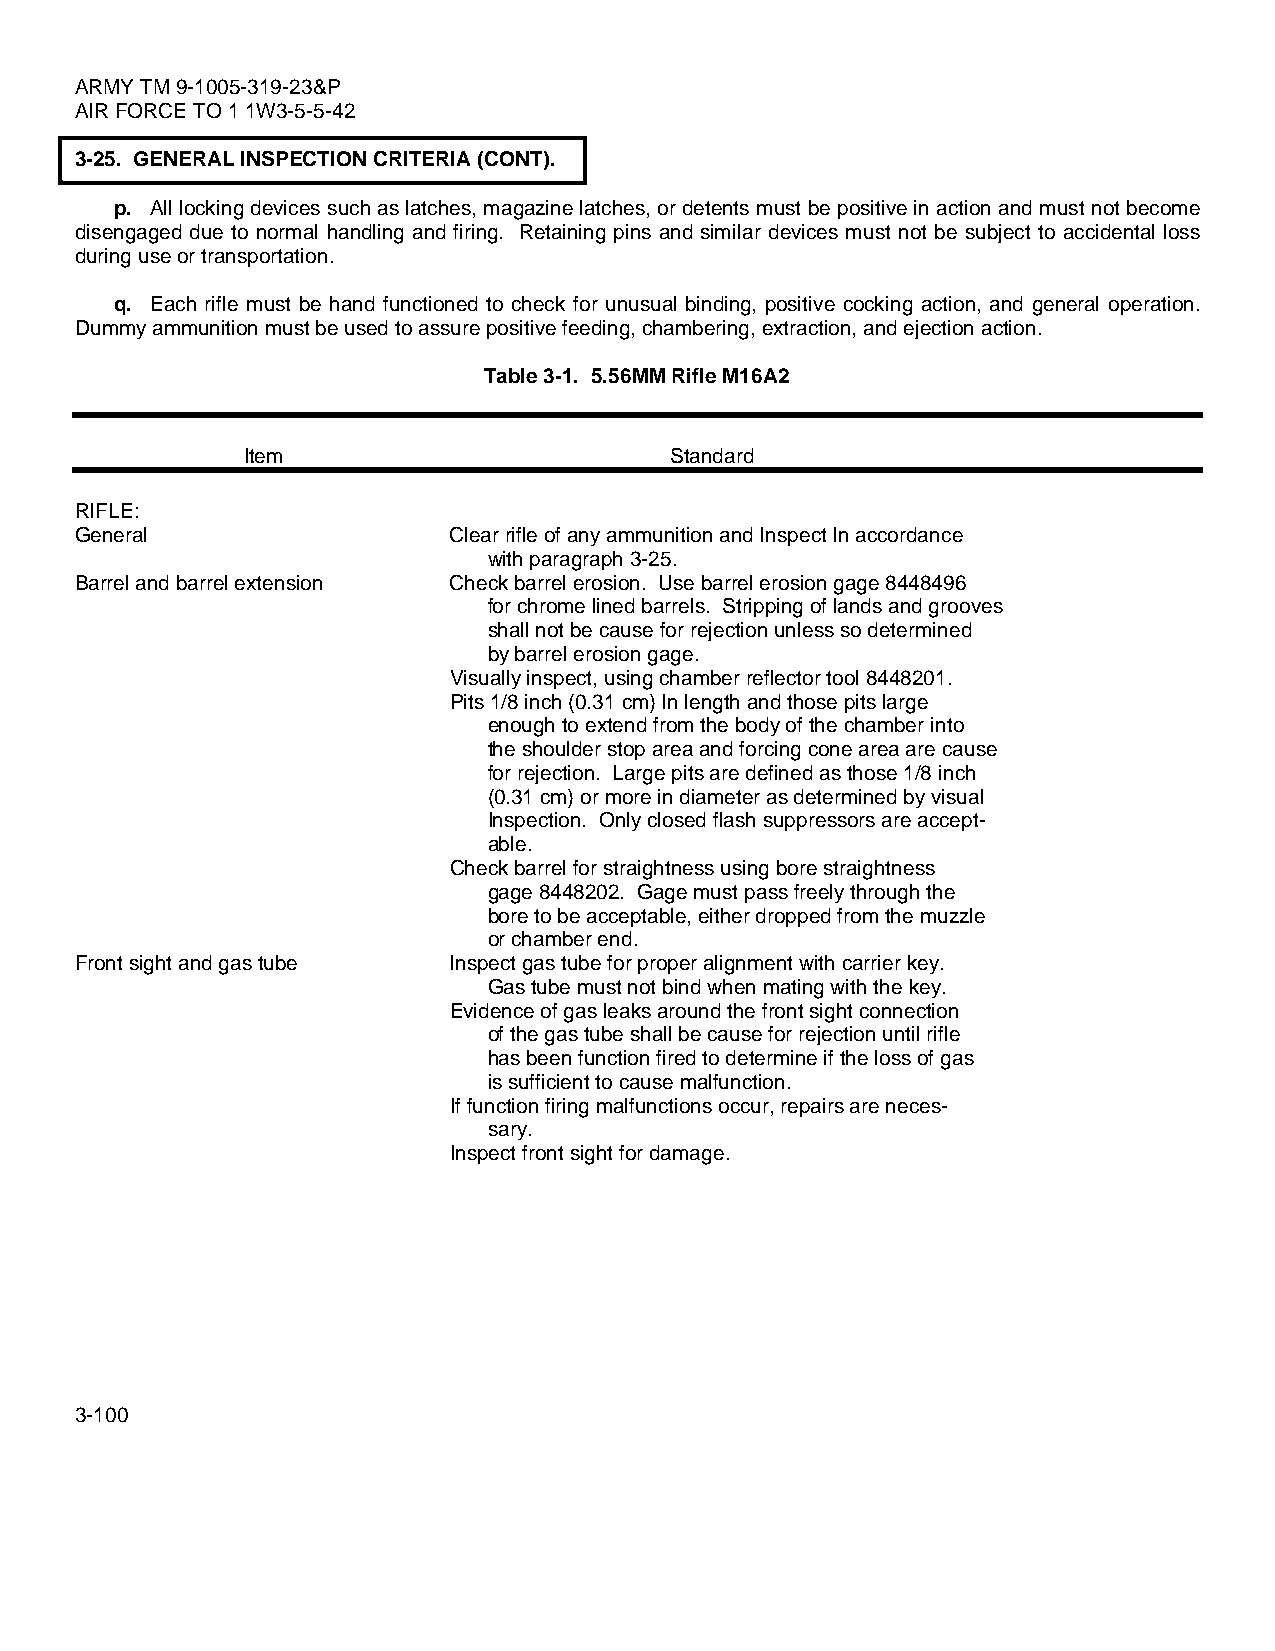
ARMY TM 9-1005-319-23&P
 AIR FORCE TO 1 1W3-5-5-42
 3-25. GENERAL INSPECTION CRITERIA (CONT).
 p. All locking devices such as latches, magazine latches, or detents must be positive in action and must not become
 disengaged due to normal handling and firing. Retaining pins and similar devices must not be subject to accidental loss
 during use or transportation.
 q. Each rifle must be hand functioned to check for unusual binding, positive cocking action, and general operation.
 Dummy ammunition must be used to assure positive feeding, chambering, extraction, and ejection action.
 Table 3-1. 5.56MM Rifle M16A2
 Item                        Standard
 RIFLE:
 General                  Clear rifle of any ammunition and Inspect In accordance
 with paragraph 3-25.
 Barrel and barrel extension Check barrel erosion. Use barrel erosion gage 8448496
 for chrome lined barrels. Stripping of lands and grooves
 shall not be cause for rejection unless so determined
 by barrel erosion gage.
 Visually inspect, using chamber reflector tool 8448201.
 Pits 1/8 inch (0.31 cm) In length and those pits large
 enough to extend from the body of the chamber into
 the shoulder stop area and forcing cone area are cause
 for rejection. Large pits are defined as those 1/8 inch
 (0.31 cm) or more in diameter as determined by visual
 Inspection. Only closed flash suppressors are accept-
 able.
 Check barrel for straightness using bore straightness
 gage 8448202. Gage must pass freely through the
 bore to be acceptable, either dropped from the muzzle
 or chamber end.
 Front sight and gas tube Inspect gas tube for proper alignment with carrier key.
 Gas tube must not bind when mating with the key.
 Evidence of gas leaks around the front sight connection
 of the gas tube shall be cause for rejection until rifle
 has been function fired to determine if the loss of gas
 is sufficient to cause malfunction.
 If function firing malfunctions occur, repairs are neces-
 sary.
 Inspect front sight for damage.
 3-100